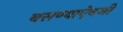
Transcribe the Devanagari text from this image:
बसण्याऐवजी